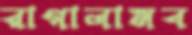
রাগালামব